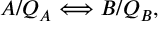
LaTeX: { \cal A } / Q _ { \cal A } \Longleftrightarrow { \cal B } / Q _ { \cal B } ,